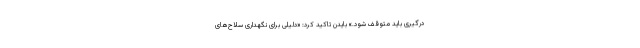
درگیری باید متوقف شود.» بایدن تاکید کرد: «دلیلی برای نگهداری سلاح‌های